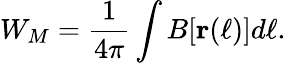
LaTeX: W_{M}=\frac{1}{4\pi}\int B[\textbf{r}(\ell)]d\ell.